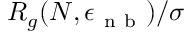
R _ { g } ( N , \epsilon _ { \mathrm { ~ n ~ b ~ } } ) / \sigma